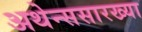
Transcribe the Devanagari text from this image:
अथेन्ससारख्या